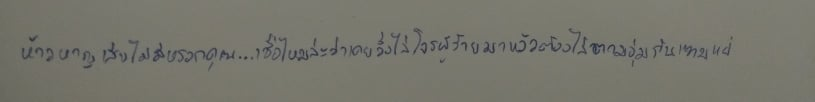
ห้าวหาญเสียไม่มีหรอกคุณ...เชื่อไหมล่ะว่าเคยวิ่งไล่โจรผู้ร้ายมาแล้วต้องไล่ตามอุ้มกันแทบแย่